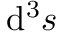
\mathrm { d } ^ { 3 } { s }